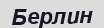
Берлин